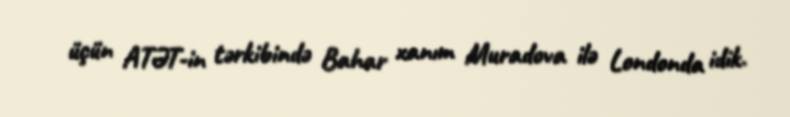
üçün ATƏT-in tərkibində Bahar xanım Muradova ilə Londonda idik.